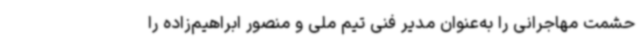
حشمت مهاجرانی را به‌عنوان مدیر فنی تیم ملی و منصور ابراهیم‌زاده را